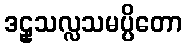
ဒဠှသလ္လသမပ္ပိတော